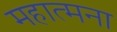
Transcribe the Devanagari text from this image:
महात्मना